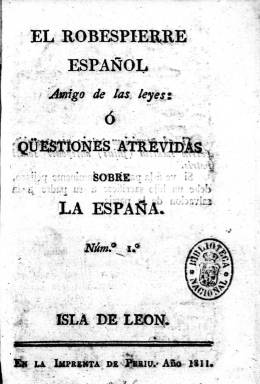
Título: El Robespierre español, amigo de las leyes o Questiones atrevidas sobre la España
Otros títulos: Robespierre español o Questiones atrevidas sobre la España || Robespierre español || Questiones atrevidas sobre la España || Cuestiones atrevidas sobre la España
Colección: Periódicos anteriores a 1850
Ámbito geográfico: Cádiz
Lugar de publicación: Isla de León [Cádiz]
Fechas: 01/01/1811-31/12/1812

Entre los periódicos publicados en Cádiz gracias a la libertad de imprenta durante la ocupación de la Península por las tropas de Napoleón ninguno más demagógico que este cuyo título aludía a una figura de triste recuerdo en la Revolución francesa. Su primer número salió el 30 de marzo de 1811 y provocó toda una convulsión por el tono arrebatado y justiciero que empleaba y su estilo pleno de improperios.

  El Robespierre español fue el fruto más radical de La diarrea de las Imprentas, título de un folleto satírico de esos días que reflejaba gráficamente el gran número de periódicos nacidos al calor de esa libertad de prensa aprobada por las Cortes de Cádiz en noviembre de 1810. Llevaba por subtítulo el de ‘Amigo de las leyes o questiones atrevidas sobre la España’.

  El periódico salió de manera anónima pero pronto las autoridades pudieron identificar a su autor. Se trataba del médico militar extremeño Pedro Pascasio Fernández Sardino, quien proclamaba abiertamente la necesidad de un dictador español como el Robespierre francés para imponer la justicia cortando las cabezas que hicieran falta. Era ayudado en su tarea por su mujer, la portuguesa María del Carmen Silva.

  Fernández Sardino, según la Historia del Periodismo Español de Pedro Gómez Aparicio, fue el único periodista de esos años que fue castigado por abuso de la libertad de imprenta al injuriar a generales del ejército y a autoridades civiles. Estando enfermo en un hospital fue detenido por orden del ministro de Gracia y Justicia, José Antonio de Larrumbide.

  Así respondió Fernández Sardino a la detención: ‘Declaración política robespiérrica. Nadie más que yo aborrece el despotismo y a sus viles satélites. Yo solo basto para derrocarlos y reducir a la nada aquel monstruo infernal… ¡Contemplad, españoles, cuán despreciable átomo se me figura un perverso ministro! ¡Contemplad cómo será abrumado de mi indignación el malvado que ataque la divina ley de la libertad de imprenta!’.

  Durante los siete meses de arresto su mujer siguió publicando el periódico, desde el número 11 hasta el 30. En febrero de 1812 Fernández Sardino fue liberado bajo fianza y en julio se publicó el número 31 en una segunda etapa que llegó hasta el número 34. En 1815, con Fernando VII ya restablecido en el trono y por un decreto de la Inquisición, el periódico fue prohibido al igual que otras muchas publicaciones liberales.

  Algunos datos de este artículo han sido tomados de la investigación llevada a cabo por Alfredo González Hermoso sobre Fernández Sardino y el periódico El Robespierre español. Todos los números constan de 16 páginas salvo el tercero que tiene 32. La colección de la Biblioteca Nacional de España no está completa. Se cierra con el número 27 y faltan el 19 y el 25.

[Descripción publicada el 20/09/2024]